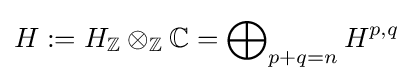
H:=H_{\mathbb {Z} }\otimes _{\mathbb {Z} }\mathbb {C} =\bigoplus \nolimits _{p+q=n}H^{p,q}